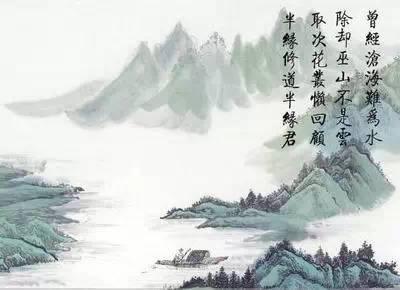
渐近燕山。回首乡关归路难。